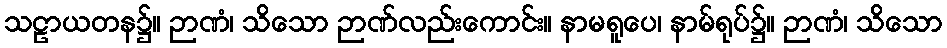
သဠာယတန၌။ ဉာဏံ၊ သိသော ဉာဏ်လည်းကောင်း။ နာမရူပေ၊ နာမ်ရုပ်၌။ ဉာဏံ၊ သိသော